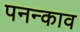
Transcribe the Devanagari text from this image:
पनन्काव